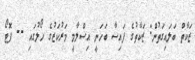
ޒަކާތް ބަލައިގަތުން: ޒަކާތުގެ ފައިސާ ބަހަނީ އިސްލާމީ މަރުކަޒުގެ ހޯލުގައި -- ފޮޓޯ